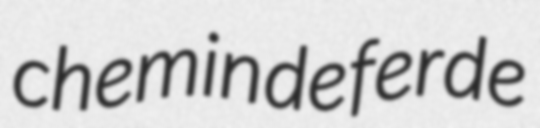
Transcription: chemin de fer de